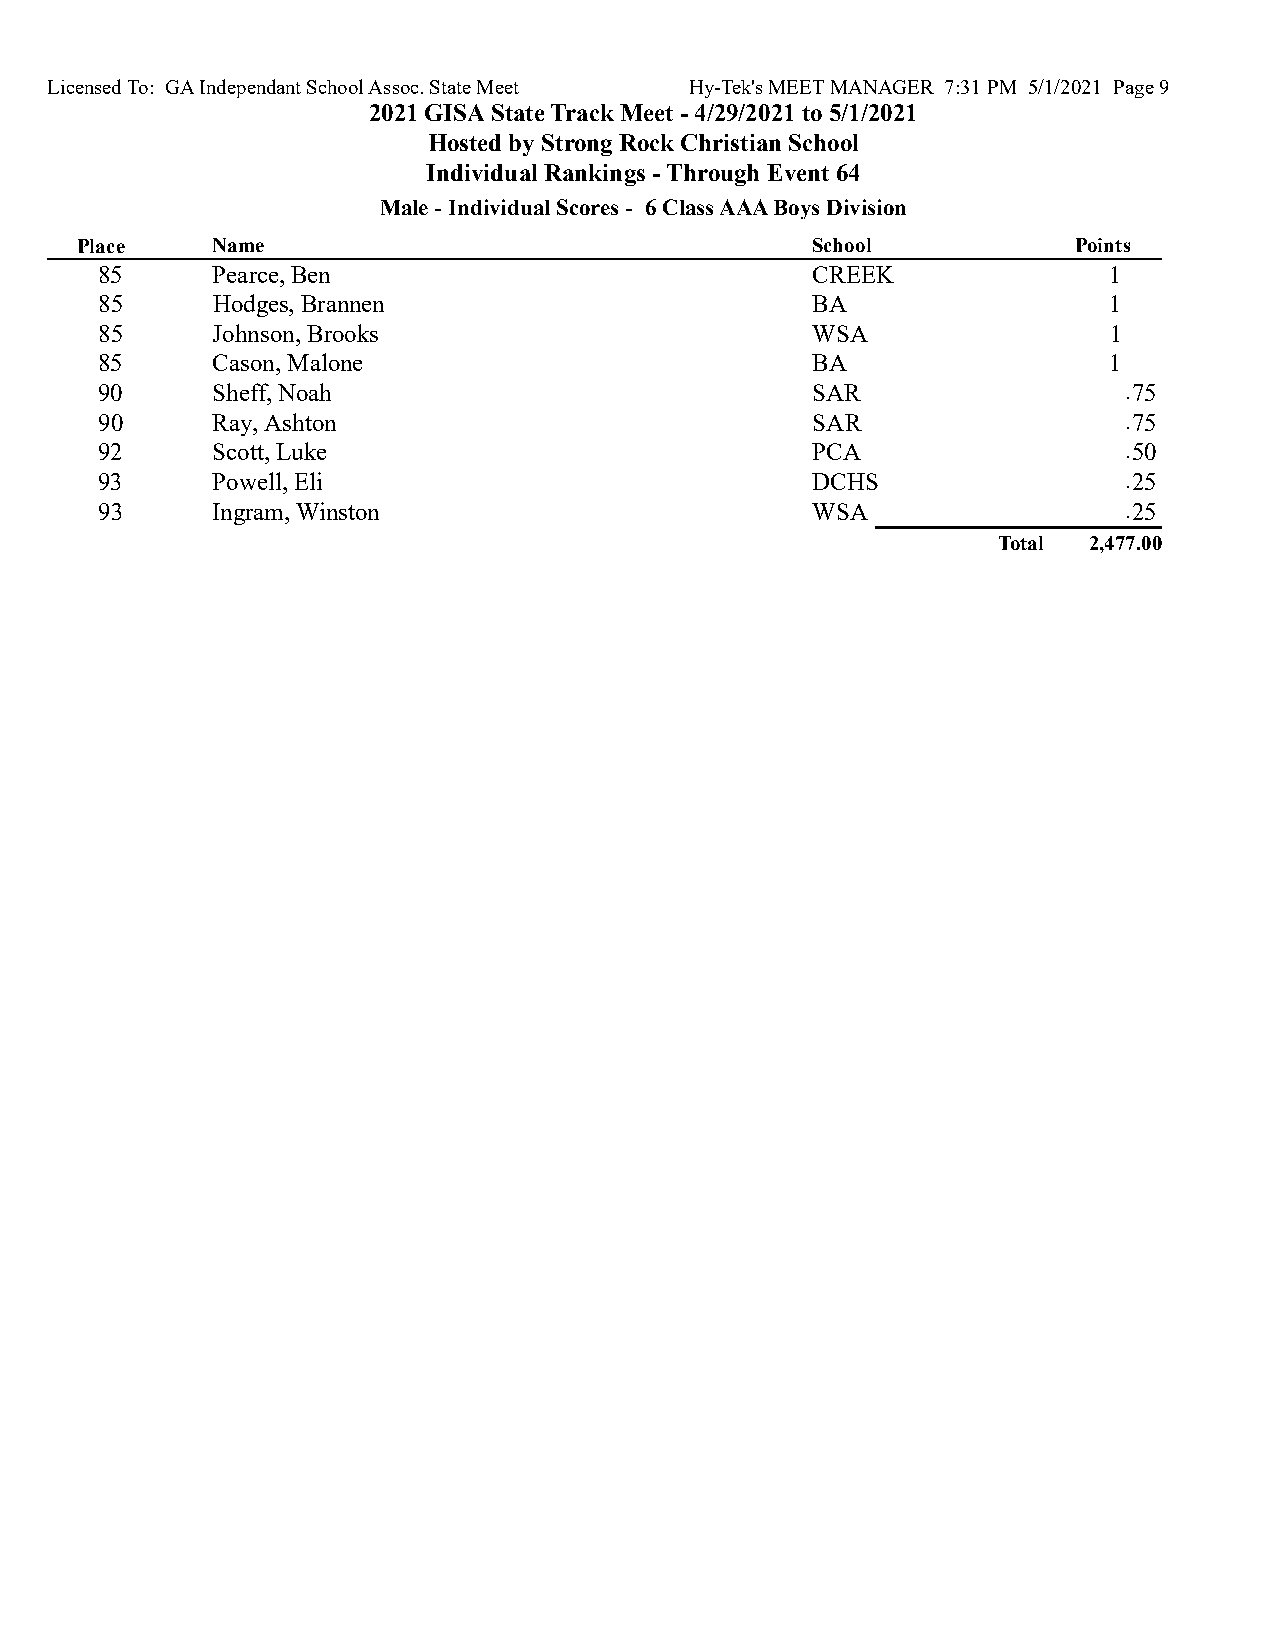
Licensed To: GA Independant School Assoc. State Meet Hy-Tek's MEET MANAGER 7:31 PM 5/1/2021 Page 9
 2021 GISA State Track Meet - 4/29/2021 to 5/1/2021
 Hosted by Strong Rock Christian School
 Individual Rankings - Through Event 64
 Male - Individual Scores - 6 Class AAA Boys Division
 Place    Name                                    School           Points
 85     Pearce, Ben                             CREEK              1
 85     Hodges, Brannen                         BA                 1
 85     Johnson, Brooks                         WSA                1
 85     Cason, Malone                           BA                 1
 90     Sheff, Noah                             SAR                 .75
 90     Ray, Ashton                             SAR                 .75
 92     Scott, Luke                             PCA                 .50
 93     Powell, Eli                             DCHS                .25
 93     Ingram, Winston                         WSA                 .25
 Total 2,477.00